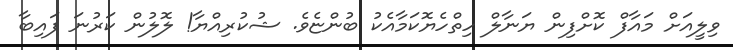
ވިލީއަށް މައާފް ކޮށްފިން ޔަނާލް ހިތްހެޔޮކަމާއެކު ބުންޏެވެ. ޝުކުރިއްޔާ! ލޮލުން ކަރުނަ ފައިބާ